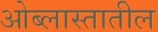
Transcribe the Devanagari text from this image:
ओब्लास्तातील